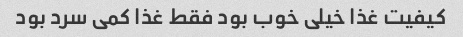
کیفیت غذا خیلی خوب بود فقط غذا کمی سرد بود